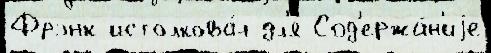
Фрэнк истолкова́л дл'я Сод'ержа́н'иjе